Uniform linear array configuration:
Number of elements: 8
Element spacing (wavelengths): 1
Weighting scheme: hamming
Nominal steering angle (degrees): -15
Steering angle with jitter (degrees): -16.869
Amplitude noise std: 0.05
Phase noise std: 0.05

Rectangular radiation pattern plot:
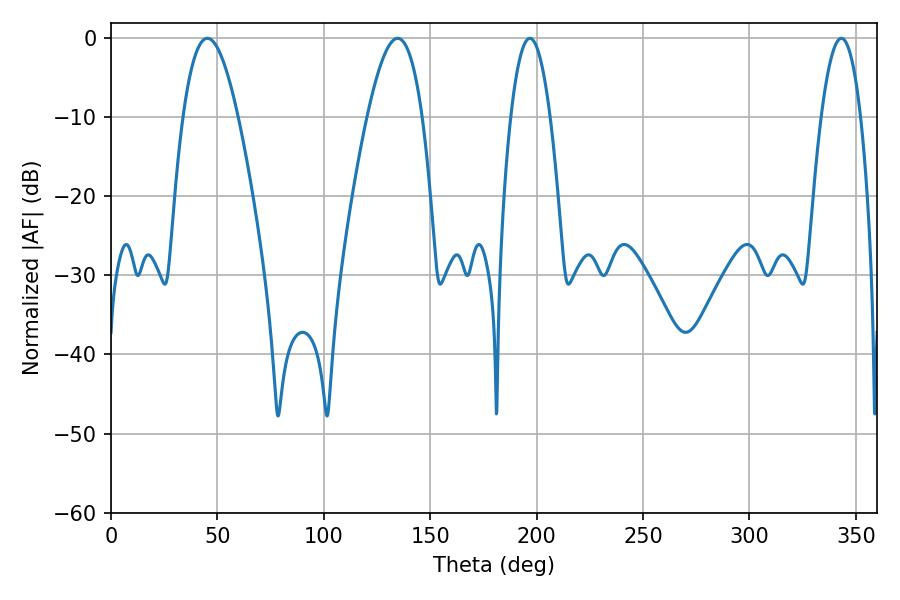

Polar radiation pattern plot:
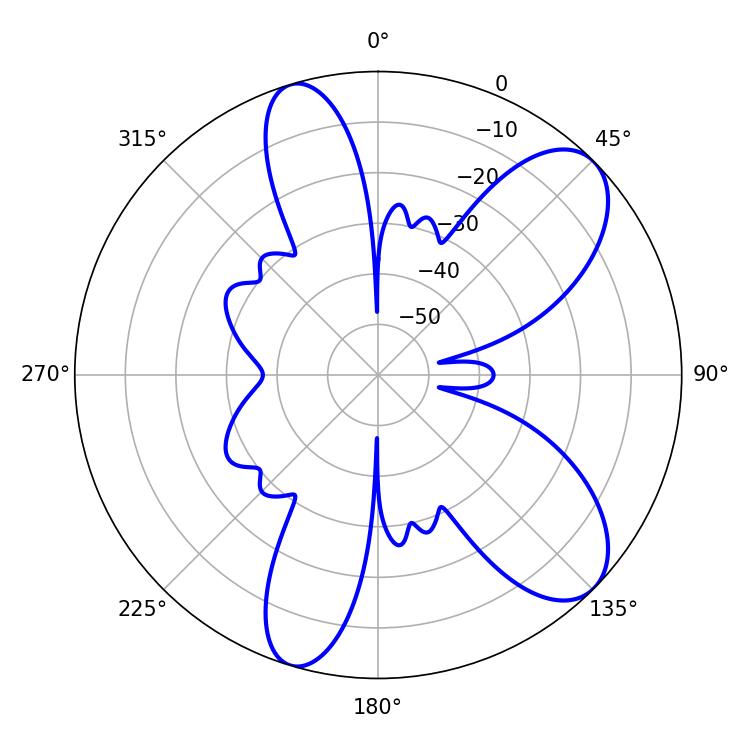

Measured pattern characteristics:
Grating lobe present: TRUE
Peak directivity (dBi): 8.732
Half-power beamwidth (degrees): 14.04
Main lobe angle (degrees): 45.36